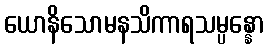
ယောနိသောမနသိကာရသမ္ပန္နော